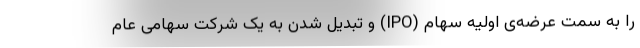
را به سمت عرضه‌ی اولیه سهام (IPO) و تبدیل شدن به یک شرکت سهامی عام